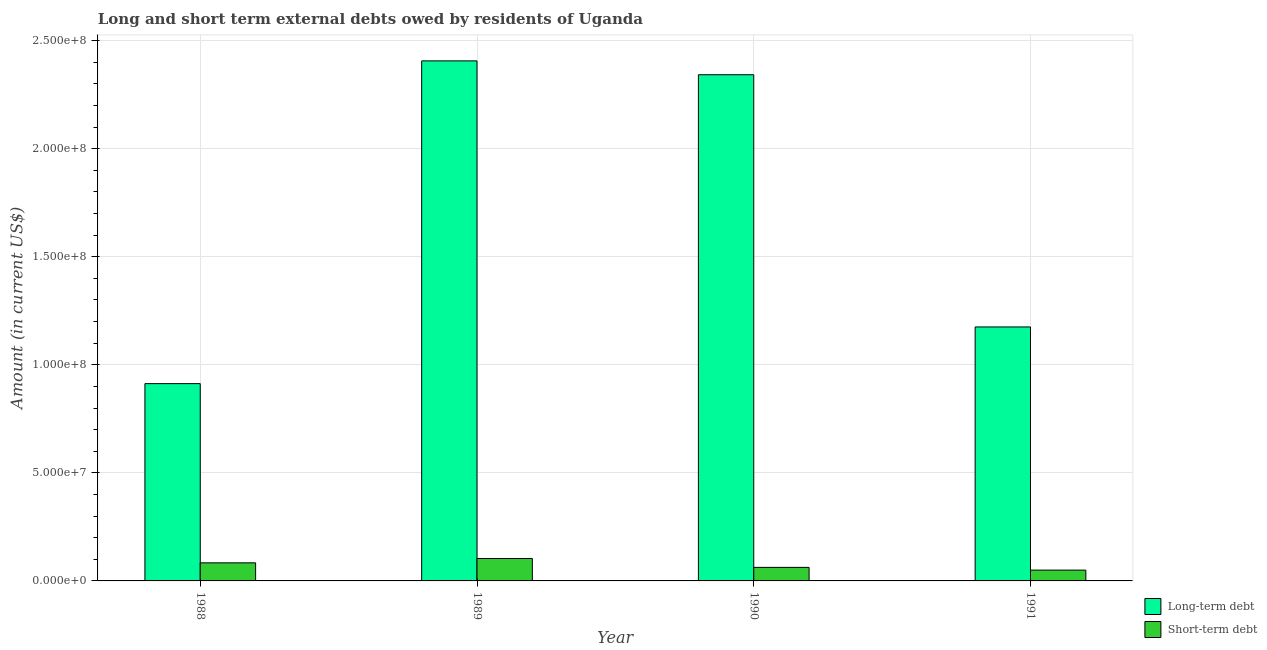
| Year | Long-term debt | Short-term debt |
 | --- | --- | --- |
 | 1988 | 9.13e+07 | 8.37e+06 |
 | 1989 | 2.41e+08 | 1.04e+07 |
 | 1990 | 2.34e+08 | 6.26e+06 |
 | 1991 | 1.18e+08 | 5e+06 |